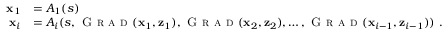
\begin{array} { r l } { { \mathbf x } _ { 1 } } & { = A _ { 1 } ( s ) } \\ { { \mathbf x } _ { i } } & { = A _ { i } ( s , \textsc { G r a d } ( { \mathbf x } _ { 1 } , { \mathbf z } _ { 1 } ) , \textsc { G r a d } ( { \mathbf x } _ { 2 } , { \mathbf z } _ { 2 } ) , \dots , \textsc { G r a d } ( { \mathbf x } _ { i - 1 } , { \mathbf z } _ { i - 1 } ) ) ~ . } \end{array}